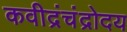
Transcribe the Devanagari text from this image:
कवीद्रंचंद्रोदय